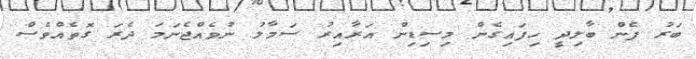
ބަރު ފެން ބާލިދީ ހިފައިގެން މިސިޑިން އަރާއިރު ސަމާލު ނުވެއްޖެނަމަ ދެރަ ގޮތެއްވެސް